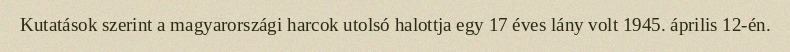
Kutatások szerint a magyarországi harcok utolsó halottja egy 17 éves lány volt 1945. április 12-én.